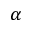
\alpha